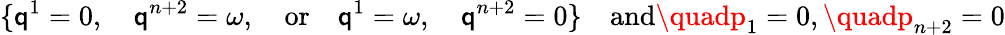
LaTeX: \{ \mathsf{q}^{1}=0,\quad\mathsf{q}^{n+2}=\omega,\quad\mathrm{{or}}\quad\mathsf{q}^{1}=\omega,\quad\mathsf{q}^{n+2}=0\} \quad\mathrm{{and}}\quadp_{1}=0,\quadp_{n+2}=0